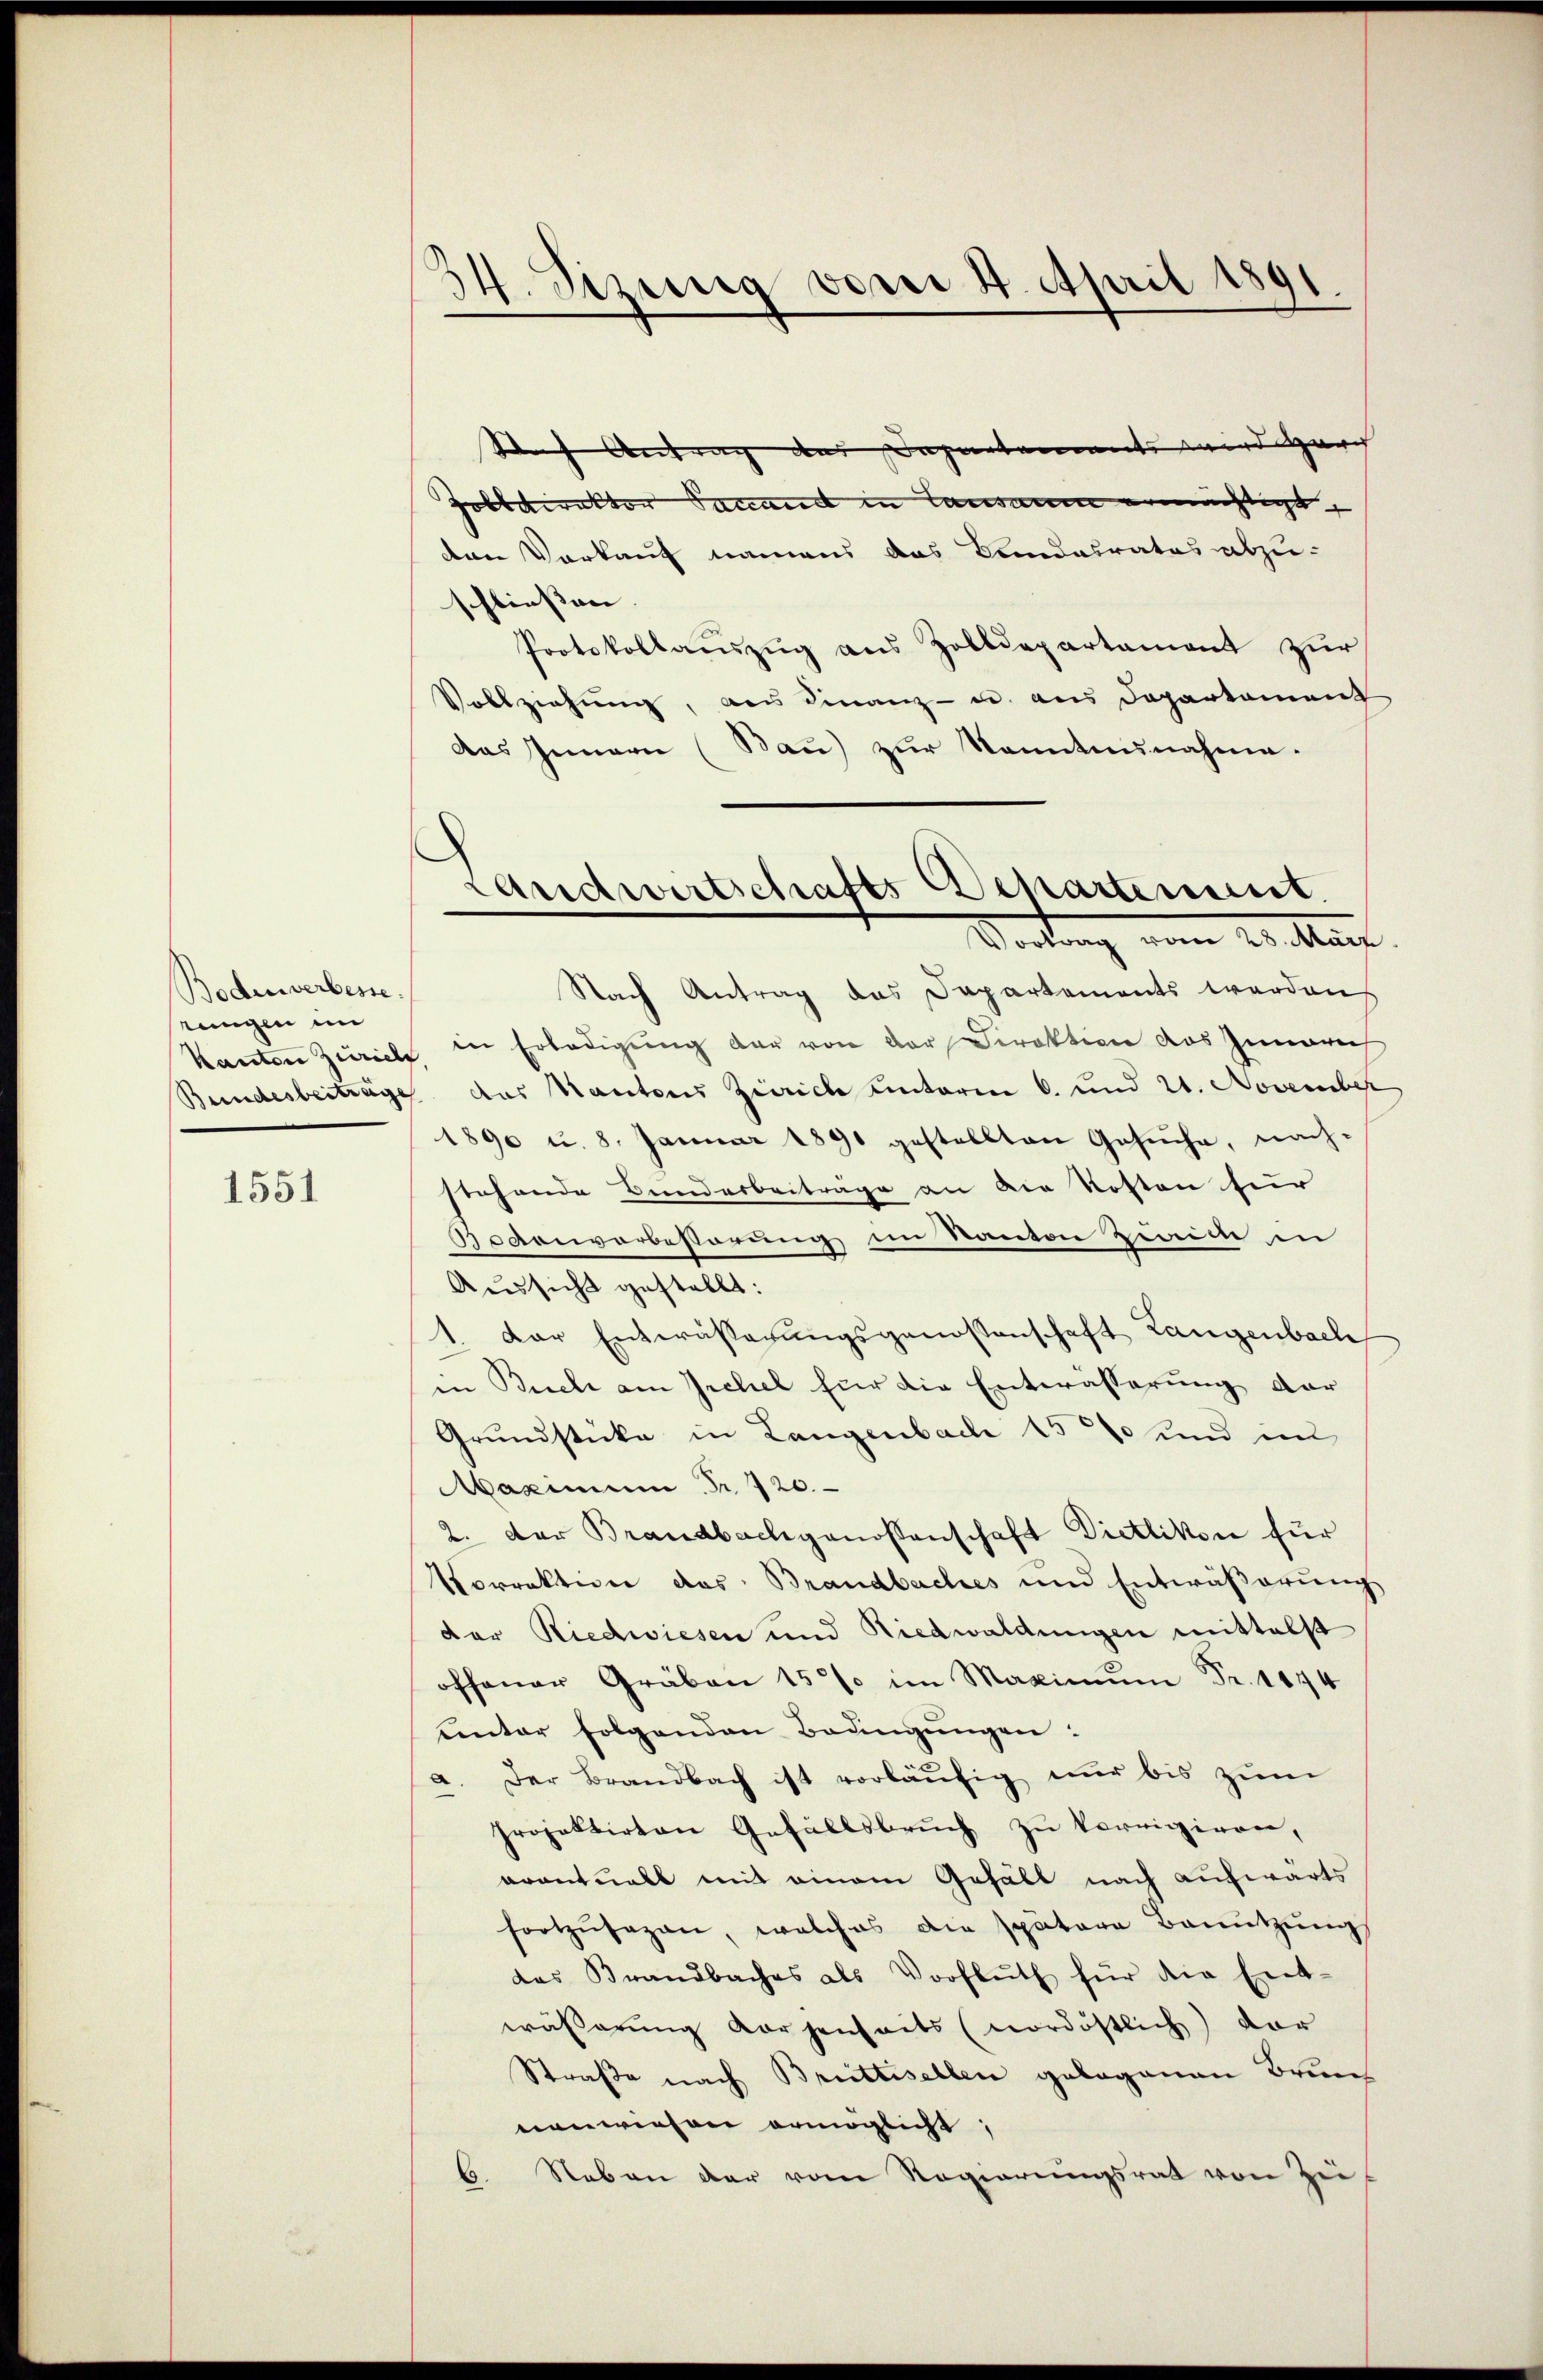
Bodenverbesse.
tungen im

1551

34. Sizung vom 4. April 1891.

Saf Antrag des Departements wird durch
Zobbdirektor Sanand in Lausaum ermächtigt
den Vorkauf namens das Landesrates abzu-
schliessen. |
Protokollauszug aus Zolldepartament zur
Vollziehung, aus Finanz- u. aus Departament
das Innern (Bau) zŭr Kenntnunahme-
Nach Antrag das Departements werden
Kanton Zürich, in Erledigung der von der Direktion des Innerech
Bundesbeitrage das Kantons Zürich unterm 6. und 21. November
1890 u. 8. Januar 1891 gestellten Gesuche, nachstehende Bunderbeiträge an die Kosten für
Bodenverbesstörung im Kanton Zeit in
Aussicht gestellt:
Der Entwässerungsgenossenschaft Langenbach
in Buch am Irchel für die Entwässerung der
Grundstücke in Langenbach 15% und im
Maximum Fr. 720.
2. Der Brandbachgenossenschaft Dietlikon für
Vorrektion des Brandbaches und Entwäßerung
der Riedwiesen und Riedwaldungen mittelst
offener Gräben 15% im Maximŭm Fr. 1844
unter folgenden Bedingŭngen:
a. Der Brandbach ist vorläŭfig nur bis zŭm
Projektirten Gefällsbruch zu korrigiren,
avantualt mit einem Gefäll nach aufwärts
fortzŭsagen, welches die spätere Benŭtzŭng
das Brandbaches als Vorfluth für die Ent-
wässerung vorgenseits (nordöstlich) der
Straße nach Bruttisellen gelegenen Brun
nenwiesen ermöglicht;
B. Neben der vom Regierungsrat von Zei¬

Landwirtschafts Departement.
Vortung vom 20. Mar